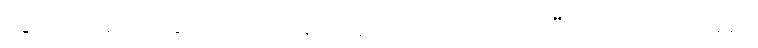
သွား၍။ အာကာသေ၊ ကောင်းကင်၌။ အဋ္ဌာသိ၊ တည်ပြီ။ အထ၊ ထိုအခါ၌။